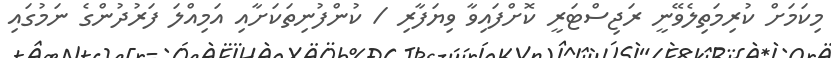
މިކަމަށް ކުރިމަތިލެވޭނީ ރަޖިސްޓަރީ ކޮށްފައިވާ ވިޔަފާރި / ކުންފުނިތަކަށާއި އަމިއްލަ ފަރުދުންގެ ނަމުގައި